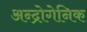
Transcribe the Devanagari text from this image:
अन्द्रोगेनिक